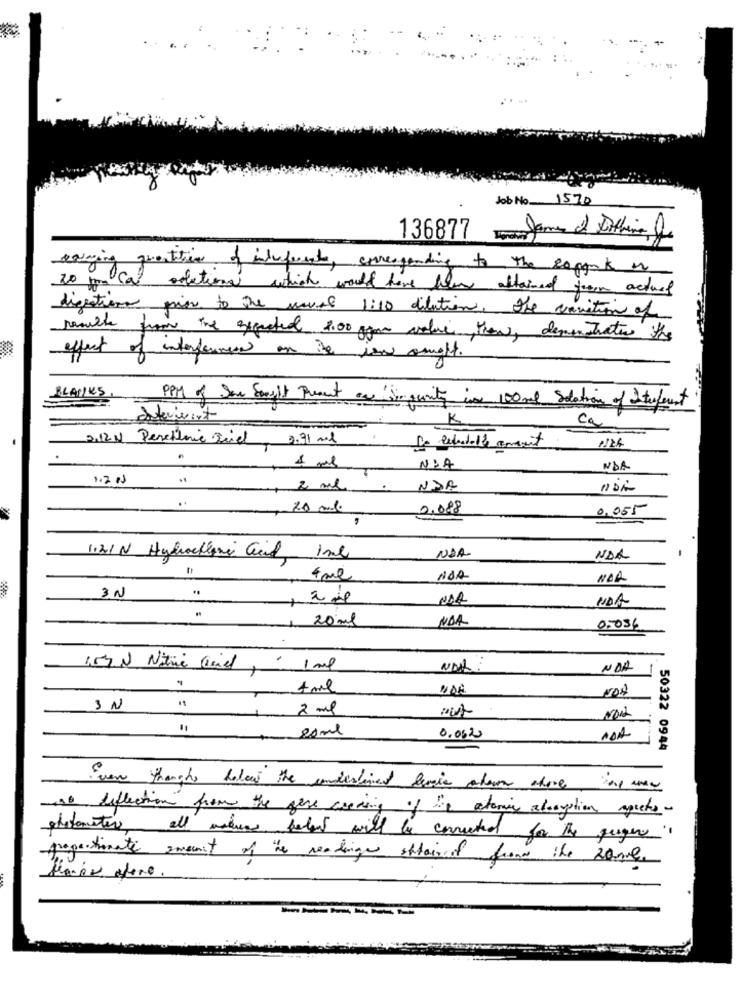
Job No 1570
136877
raging prestation of indiferente, enresponding to the coppost on
20 mm Ca odletional which would have been attained from actuel
digestion prior to the usual 1:10 dilution. the conction of
results from the gefected 4.00 ggm value thew, demonstrates the
effect of interformen on is ion amoft.
BLANKS .
PPM of Some Sought Present ar impunity in 100ml Solation of Interforent
Intervient
ca
1124
2.12 N Perchloric Seidl, 2.91 ml De Relatable comment
1 ml
NSA
1.2 PS
2 ml . NDA
0,088
0.055
112/N Hybrocklane Gid 1nl
NOA
NOR
4 ml
NJA
NOR
3N
NA
NOA
20 ml
NOA
0.036
154 N Nitric Civiel
- 1 ml
NDA:
NDA
4 ml
IN
2 ml
20ml
0.06.20
50322 0944
Even thoughs heleas the underlined fergie atown afore al way
o deflection from the gere wooding of the atomic abrogation aspects-
photometer, all values beled will be corrected for the quegere"
proportionate amount of the readinger attained from the zone
flores alone.